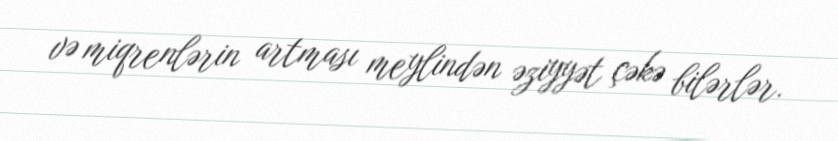
və miqrenlərin artması meylindən əziyyət çəkə bilərlər.